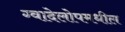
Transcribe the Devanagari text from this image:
ग्वादेलोपमधील